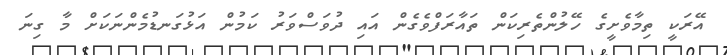
އޭރަކީ ތިމާވެށީގެ ހޭލުންތެރިކަން ތައާރަފްވެގެން އައި ދުވަސްވަރު ކަމުން އަޅުގަނޑުމެންނަކަށް މާ ގިނަ